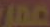
عمر